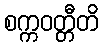
စက္ကဝတ္တီတိ